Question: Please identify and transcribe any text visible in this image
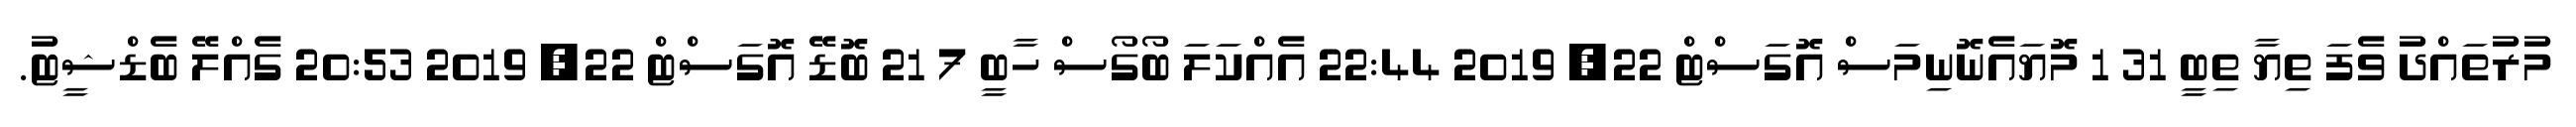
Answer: މުރުތައްދު ވެފަ ތިޔާ ތިބީ 31 1 މޮޔައެނޮނިމަސް އޮގަސްޓް 22, 2019 22:44 އެއްކަލަ ބޯގޯސް ހާބީ 7 21 ބޮޑޭ އޮގަސްޓް 22, 2019 20:53 ގެއްލޭ ބެޑްޝީޓު.